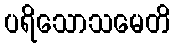
ပရိသောသမေတိ